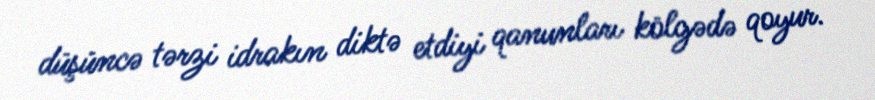
düşüncə tərzi idrakın diktə etdiyi qanunları kölgədə qoyur.